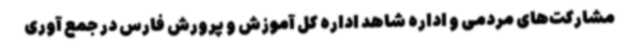
مشارکت‌های مردمی و اداره شاهد اداره کل آموزش و پرورش فارس در جمع آوری